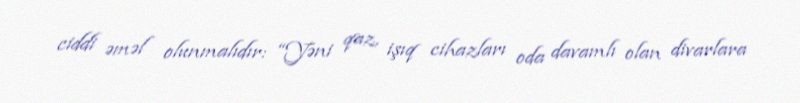
ciddi əməl olunmalıdır: “Yəni qaz, işıq cihazları oda davamlı olan divarlara